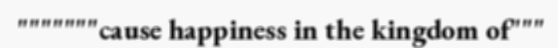
"""""""cause happiness in the kingdom of"""